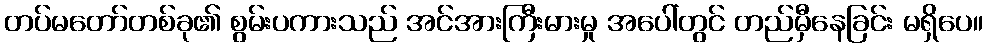
တပ်မတော်တစ်ခု၏ စွမ်းပကားသည် အင်အားကြီးမားမှု အပေါ်တွင် တည်မှီနေခြင်း မရှိပေ။